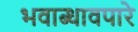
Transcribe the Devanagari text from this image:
भवाब्धावपारे